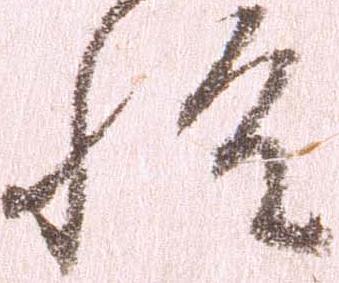
惶